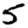
Digit: 5